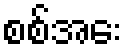
စစ်အေး